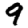
Digit: 9